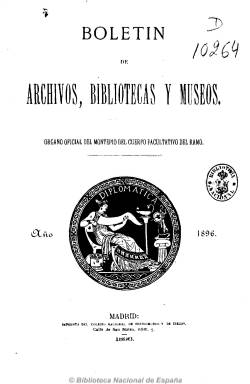
Título: Boletín de archivos, bibliotecas y museos
Colección: Archivos, bibliotecas y museos
Ámbito geográfico: Madrid
Lugar de publicación: Madrid
Fechas: 15/04/1896-15/12/1896

Se publica como órgano oficial del Montepío del Cuerpo Facultativo del ramo y con ayuda del Estado, con el fin de allegar recursos económicos para la citada institución benéfica y como medio de comunicación entre su Junta de Gobierno y los asociados, y, en concreto, para el conocimiento del estado administrativo y vida del montepío y dar noticias de interés para el Cuerpo y de los establecimientos que rige. También para que sirva como “lazo poderoso de unión, del que acaso este Cuerpo Facultativo se halla más necesitado que otros”, según se expresa en el frontispicio de su primer número.

Este Boletín aparece tras casi tres lustros de suspensión de la Revista de archivos, bibliotecas y museos, y después que en 1881 y 1882 hubiera aparecido también el Anuario del Cuerpo Facultativo de Archiveros, Bibliotecarios y Anticuarios.

Comienza a editarse el 15 de abril de 1896 y con periodicidad mensual sólo publica nueve fascículos en su escaso año de existencia, en los que también se dan a conocer trabajos doctrinales, así como noticias de personal, de bibliografía y legislación. Son de interés los artículos dedicados al entonces nuevo método de Clasificación Decimal Universal, de Dewey. Una curiosidad de este boletín son las noticias del Cuerpo de Médicos Directores de Baños, incorporados provisionalmente a este montepío, sin duda alguna, por iniciativa de Vicente Vignau (1834-1919), que además de notorio archivero, fue también médico.

En su número 9, de 15 de diciembre de 1896, se advierte que, en sustitución de este boletín, en enero de 1897 reaparecerá la Revista de archivos, bibliotecas y museos, comenzando esta así su tercera  y más significativa época, cuyos beneficios serán destinados al ya citado montepío.